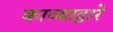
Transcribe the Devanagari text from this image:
काव्याद्वारे